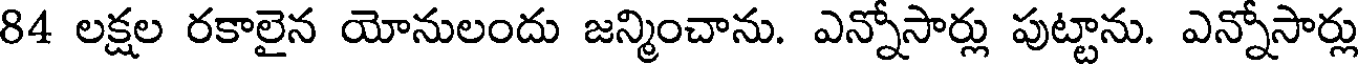
84 లక్షల రకాలైన యోనులందు జన్మించాను. ఎన్నోసార్లు పుట్టాను. ఎన్నోసార్లు